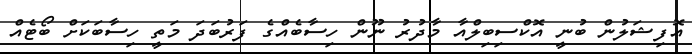
އޮފިޝަލުން ބުނީ އޮކްސިބިލްއާ މާދުރު ނޫން ހިސާބެއްގެ ފަރުބަދަ މަތީ ހިސާބަކަށް ބޯޓެއް